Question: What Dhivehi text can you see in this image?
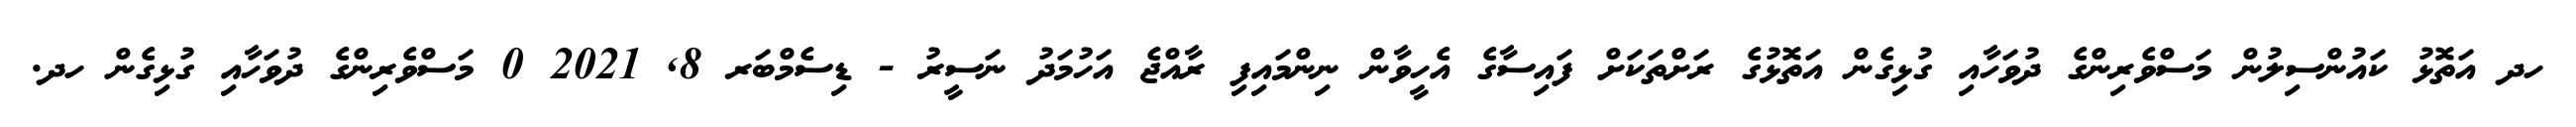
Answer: ހދ އަތޮޅު ކައުންސިލުން މަސްވެރިންގެ ދުވަހާއި ގުޅިގެން އަތޮޅުގެ ރަށްތަކަށް ފައިސާގެ އެހީވާން ނިންމައިފި ރާއްޖެ އަހުމަދު ނަސީރު - ޑިސެމްބަރ 8, 2021 0 މަސްވެރިންގެ ދުވަހާއި ގުޅިގެން ހދ.